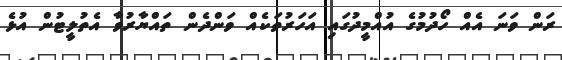
ރަން ވަނަ އެއް ހޯދުމުގެ އުއްމީދުގައި އަހަރުތަކެއް ވަންދެން ތައްޔާރުވާ އެތުލީޓުން އުޅެ